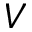
V